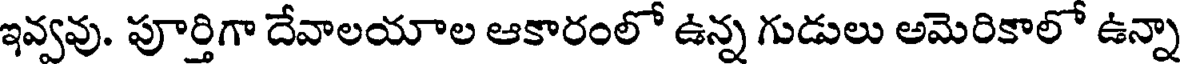
ఇవ్వవు. పూర్తిగా దేవాలయాల ఆకారంలో ఉన్న గుడులు అమెరికాలో ఉన్నా